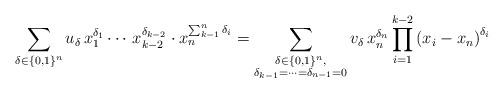
LaTeX: \begin{align*}\sum_{\delta\in\{0,1\}^{n}}u_{\delta}\,x_{1}^{\delta_{1}}\cdots\,x_{k-2}^{\delta_{k-2}}\cdot x_{n}^{\sum_{k-1}^{n}\delta_{i}}=\sum_{\substack{\delta\in\{0,1\}^{n},\\\delta_{k-1}=\cdots=\delta_{n-1}=0}}v_{\delta}\,x_{n}^{\delta_{n}}\prod_{i=1}^{k-2}\left(x_{i}-x_{n}\right)^{\delta_{i}}\end{align*}